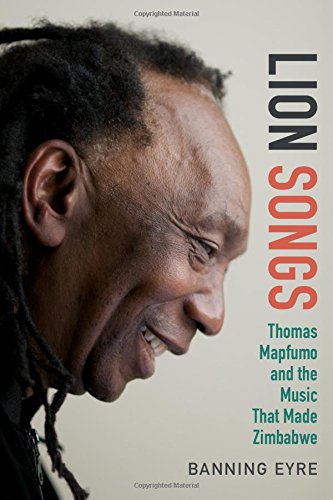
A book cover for Lion Songs: Thomas Mapfumo and the Music That Made Zimbabwe; Banning Eyre; History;